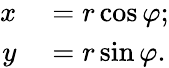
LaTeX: \begin{array}{rl}{x}&{{}=r\cos\varphi;}\\ {y}&{{}=r\sin\varphi.}\end{array}